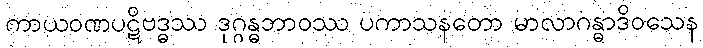
ကာယဝဏပဋိဗဒ္ဓဿ ဒုဂ္ဂန္ဓဘာဝဿ ပကာသနတော မာလာဂန္ဓာဒိဝသေန